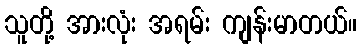
သူတို့ အားလုံး အရမ်း ကျန်းမာတယ်။